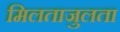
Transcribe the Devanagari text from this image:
मिलताजुलता